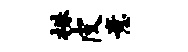
株皮意